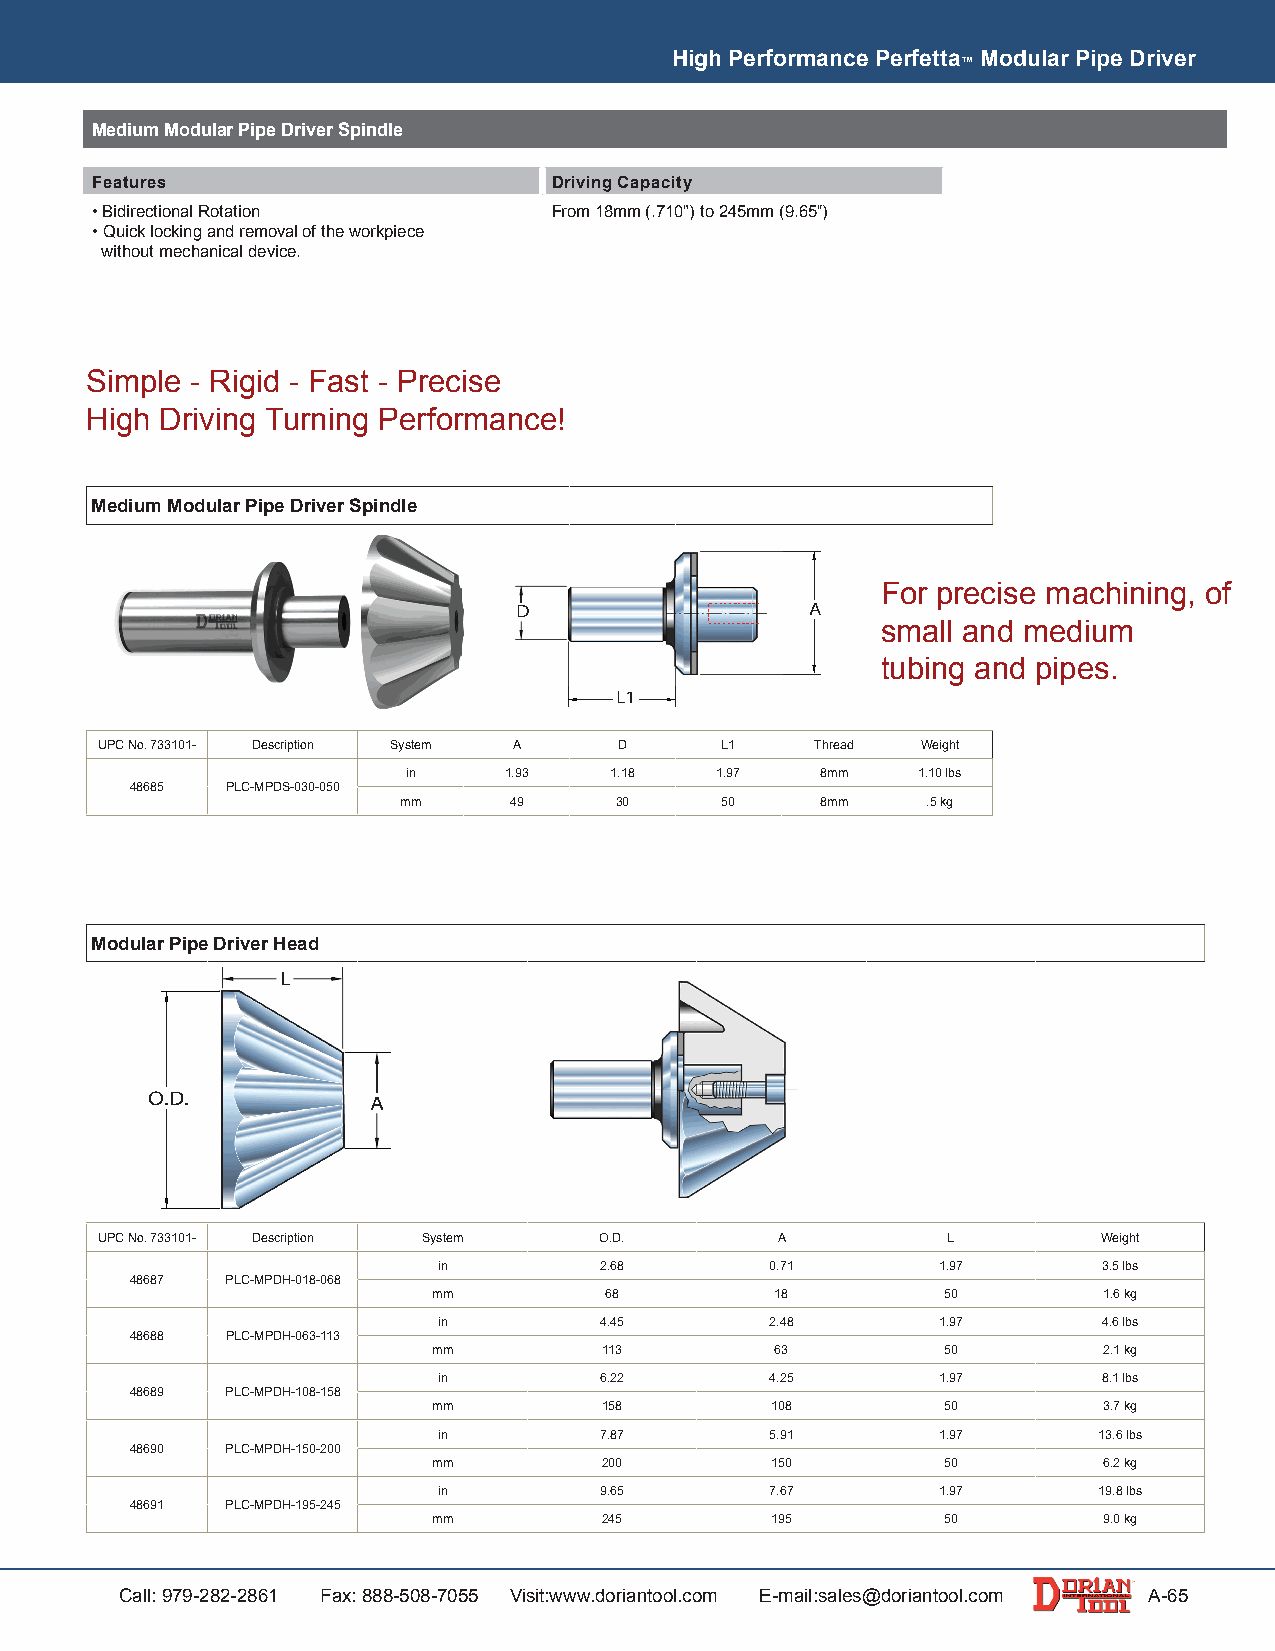
High Performance Perfetta Modular Pipe Driver
 ™
 Medium Modular Pipe Driver Spindle
 Features                       Driving Capacity
 • Bidirectional Rotation       From 18mm (.710") to 245mm (9.65")
 • Quick locking and removal of the workpiece
 without mechanical device.
 Simple - Rigid - Fast - Precise
 High Driving Turning Performance!
 Medium Modular Pipe Driver Spindle
 For precise machining, of
 DD                  A
 small and medium
 tubing and pipes.
 L1
 UPC No. 733101- Description System A D    L1    Thread Weight
 in    1.93   1.18   1.97   8mm    1.10 lbs
 48685 PLC-MPDS-030-050
 mm     49     30     50    8mm    .5 kg
 Modular Pipe Driver Head
 LL
 O.DD..        AA
 UPC No. 733101- Description System O.D.      A           L         Weight
 in         2.68       0.71       1.97       3.5 lbs
 48687 PLC-MPDH-018-068
 mm         68         18         50         1.6 kg
 in         4.45       2.48       1.97       4.6 lbs
 48688 PLC-MPDH-063-113
 mm         113        63         50         2.1 kg
 in         6.22       4.25       1.97       8.1 lbs
 48689 PLC-MPDH-108-158
 mm         158        108        50         3.7 kg
 in         7.87       5.91       1.97       13.6 lbs
 48690 PLC-MPDH-150-200
 mm         200        150        50         6.2 kg
 in         9.65       7.67       1.97       19.8 lbs
 48691 PLC-MPDH-195-245
 mm         245        195        50         9.0 kg
 Call: 979-282-2861 Fax: 888-508-7055 Visit:www.doriantool.com E-mail:sales@doriantool.com A-65